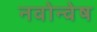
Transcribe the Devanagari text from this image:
नवोन्वेष